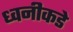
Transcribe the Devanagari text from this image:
ध्वनीकडे